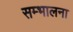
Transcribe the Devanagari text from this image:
सम्भालना